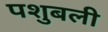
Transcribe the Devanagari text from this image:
पशुबली